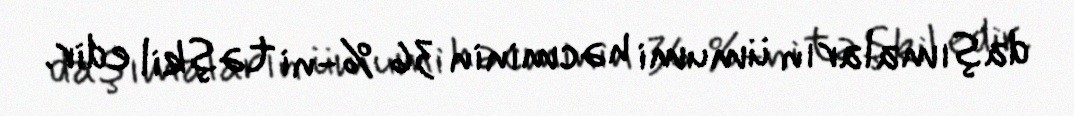
daşımaların ümumi həcminin 36 %-ni təşkil edir.